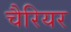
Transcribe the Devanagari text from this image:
चैरियर